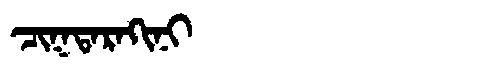
Manchu: ᠴᡳᡴᡨᠠᡵᠠᡴᡳᠨᡳ
Romanization: CIKTARAKINI